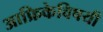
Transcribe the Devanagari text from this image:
आफ्रिकेविषयी